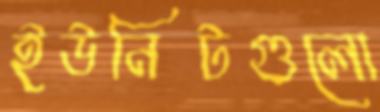
ইউনিটগুলো